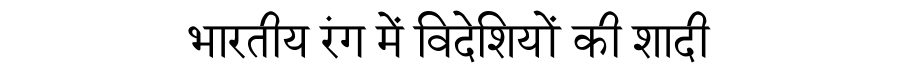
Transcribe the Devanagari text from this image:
भारतीय रंग में विदेशियों की शादी